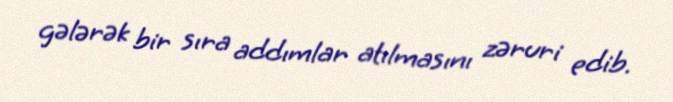
gələrək bir sıra addımlar atılmasını zəruri edib.